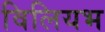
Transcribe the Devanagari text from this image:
विलियभ